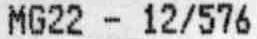
MG22 - 12/576